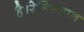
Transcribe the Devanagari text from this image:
है।रेगिस्तान